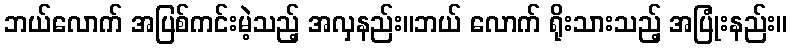
ဘယ်လောက် အပြစ်ကင်းမဲ့သည့် အလှနည်း။ဘယ် လောက် ရိုးသားသည့် အပြုံးနည်း။